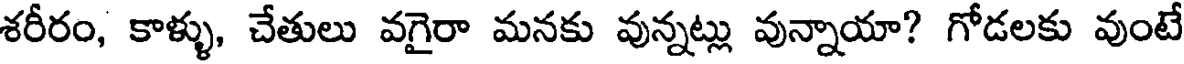
శరీరం, కాళ్ళు, చేతులు వగైరా మనకు వున్నట్లు వున్నాయా? గోడలకు వుంటే